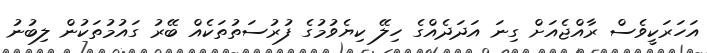
އަހަރަކީވެސް ރާއްޖެއަށް ގިނަ އަދަދެއްގެ ހިލޭ ކިޔެވުމުގެ ފުރުސަތުތަކެއް ބޭރު ގައުމުތަކުން ލިބުނު